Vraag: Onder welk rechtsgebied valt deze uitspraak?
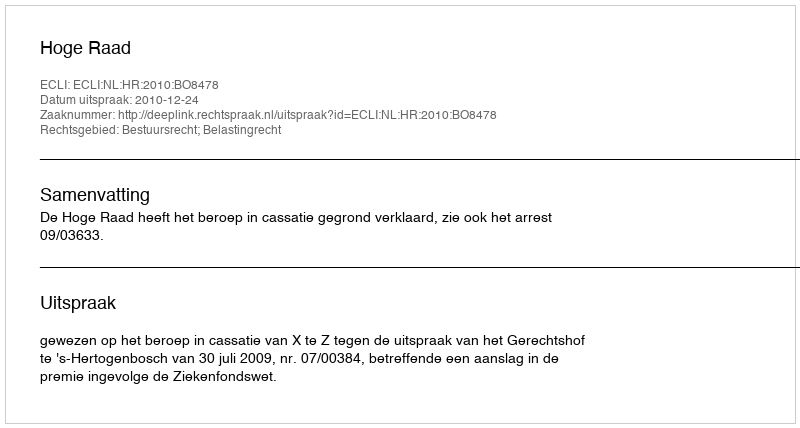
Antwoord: Bestuursrecht; Belastingrecht